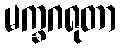
မက္ခဂရုတာ